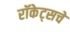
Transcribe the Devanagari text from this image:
रॉकेट्‌सचे